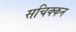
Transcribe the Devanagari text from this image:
सचिक्‍कन